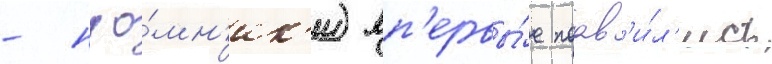
- нао́мн'ик'и) вп'ервы́е поав'и́л'ись